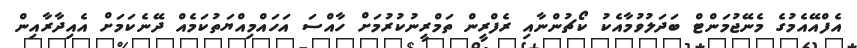
އެފްއޭއެމުގެ މެނޭޖުމަންޓް ބަދަލުވުމާއެކު ކޯޗުންނާއި ރެފްރީން ތަމްރީނުކުރުމަށް ހާއްސަ އަހައްމިއްޔަތުކަމެއް ދޭނެކަމަށް އެއިދާރާއިން